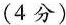
(4分)